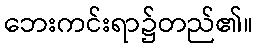
ဘေးကင်းရာ၌တည်၏။